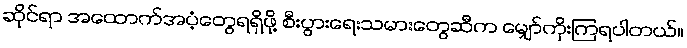
ဆိုင်ရာ အထောက်အပံ့တွေရရှိဖို့ စီးပွားရေးသမားတွေဆီက မျှော်ကိုးကြရပါတယ်။